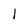
Character: l